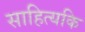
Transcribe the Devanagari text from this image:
साहित्यकि